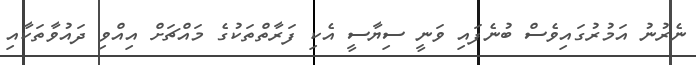
ނެރުނު އަމުރުގައިވެސް ބުނެފައި ވަނީ ސިޔާސީ އެކި ފަރާތްތަކުގެ މައްޗަށް އިއްވި ދައުވާތަކާއި